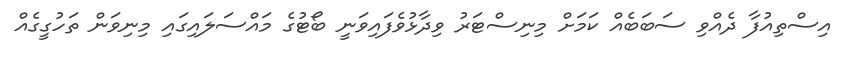
އިސްތިއުފާ ދެއްވި ސަބަބެއް ކަމަށް މިނިސްޓަރު ވިދާޅުވެފައިވަނީ ބޯޓުގެ މައްސަލައިގައި މިނިވަން ތަހުގީގެއް